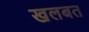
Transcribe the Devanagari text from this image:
खलबत